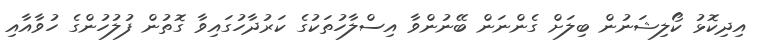
އިދިކޮޅު ކޯލިޝަނުން ބިލަށް ގެންނަން ބޭނުންވާ އިސްލާހުތަކުގެ ކަރުދާހުގައިވާ ގޮތުން ފުލުހުންގެ ހުވާއާއި